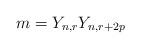
LaTeX: \begin{align*}m =Y_{n,r}Y_{n,r + 2p}\end{align*}